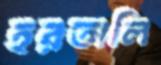
হরতালি